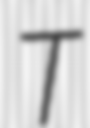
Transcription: T